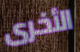
الأخرى